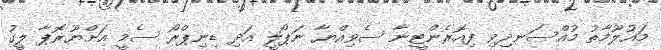
މައުލޫމާތު މުއްސަނދިވި ފިއޮރެންޓީނާ ސެވިއްޔާ ނަޕޯލީ އަދި ޑިނިޕްރޯ ސެމީ އަށްޔޫރޮޕާ ލީގު